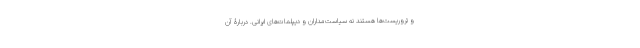
و تروریست‌ها هستند نه سیاست‌مداران و دیپلمات‌های ایرانی. دربارۀ آن